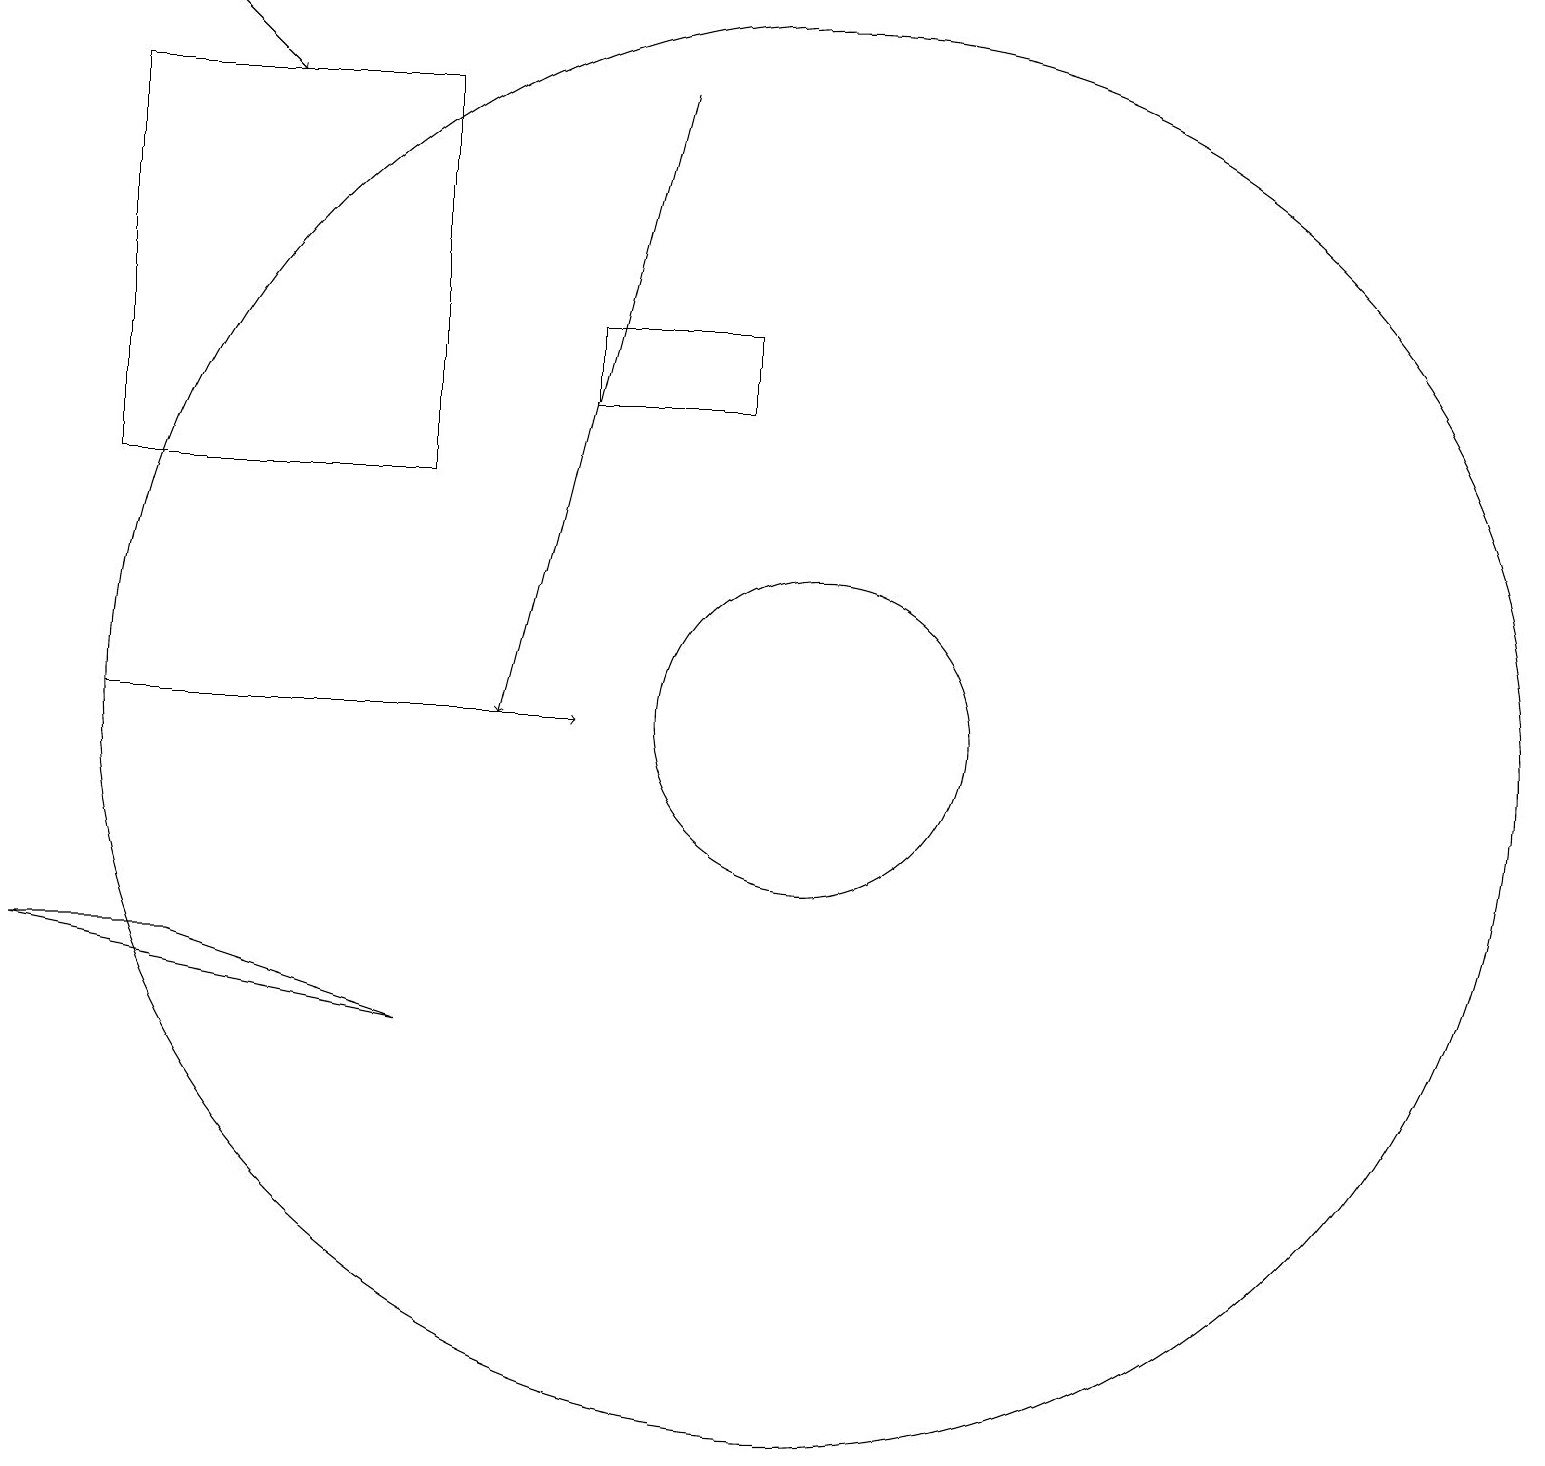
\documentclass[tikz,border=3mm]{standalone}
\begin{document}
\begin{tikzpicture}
\draw[->] (8,18) -- (6,10);
\draw (5,6) -- (2,7) -- (0,7) -- cycle;
\draw (5,18) rectangle (1,13);
\draw (10,10) circle (2);
\draw (7,15) rectangle (9,14);
\draw (10,10) circle (9);
\draw[->] (1,10) -- (7,10);
\draw[->] (2,19) -- (3,18);
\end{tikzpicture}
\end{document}